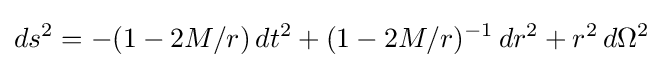
ds^{2}=-(1-2M/r)\,dt^{2}+(1-2M/r)^{-1}\,dr^{2}+r^{2}\,d\Omega ^{2}